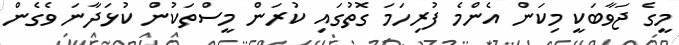
މީގެ ޖަވާބަކީ މިކަން އެންމެ ފުރިހަމަ ގޮތުގައި ކުރަން މީސްތަކުން ކުޅަދާނަ ވެގެން